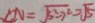
4 N = \sqrt { 3 ^ { 2 } - 2 ^ { 2 } } = \sqrt { 5 }